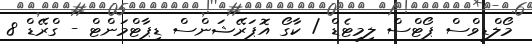
މޯލްޑިވްސް ޕޯޓްސް ލިމިޓެޑް / ކާގޯ އޮޕަރޭޝަންސް ޑިޕާޓްމަންޓް - ގްރޭޑް 8